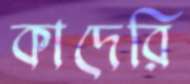
কাদেরি